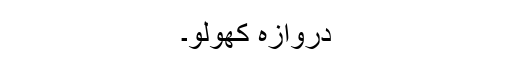
دروازہ کھولو۔